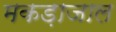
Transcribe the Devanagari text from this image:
मकड़ाजाल